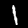
Digit: 1